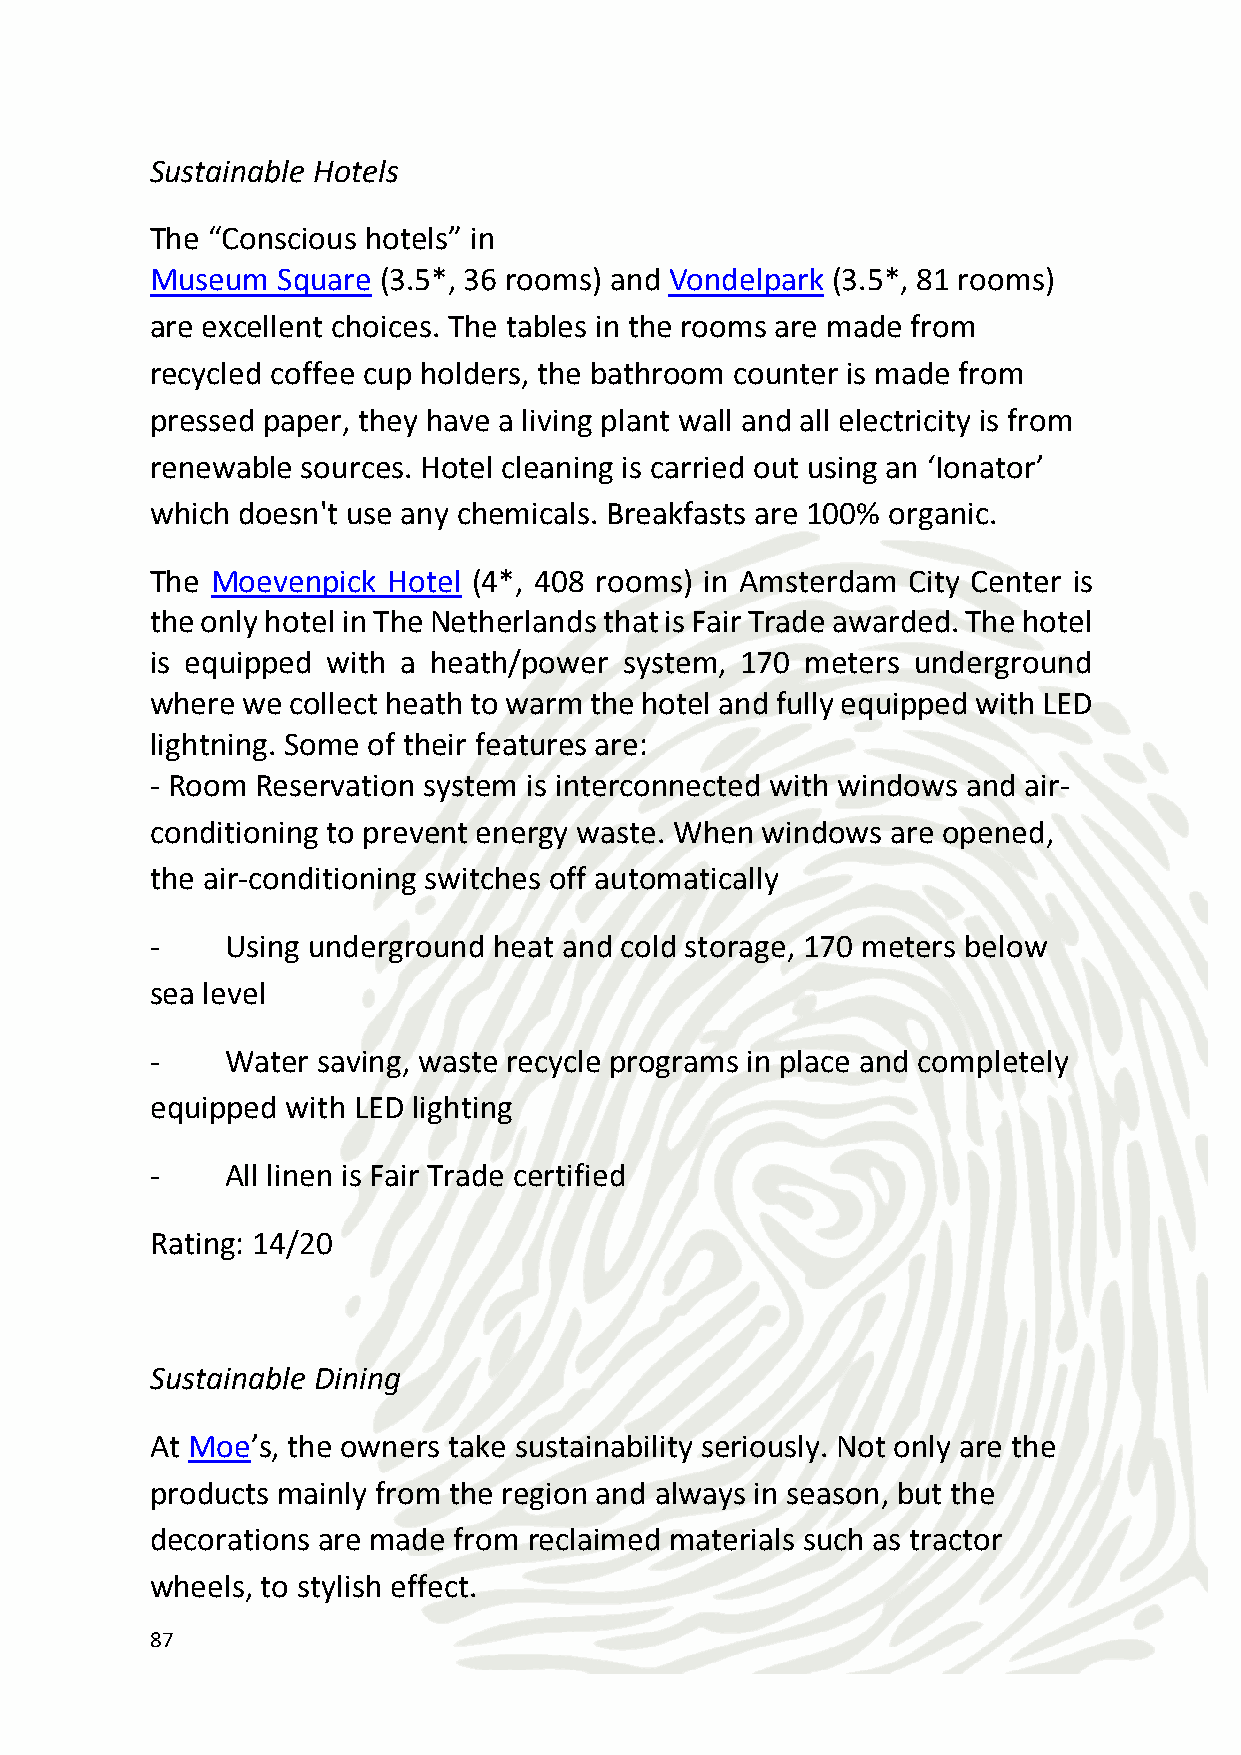
De Kas in Amsterdam’s Watergraafsmeer neighborhood is all about
 pure ingredients, most of which have been grown in their own
 greenhouses, gardens or farms. The exquisite menu focuses on
 simple preparation so the ingredients shine. Expect only foods that
 are seasonal, mostly local and sustainable grown or raised.
 Spelt sources naturally delicious products from the Netherlands, and
 focuses on presenting pure, clean, Dutch flavors. A creamy soup
 made with homemade   mustard and Dutch cream makes an excellent
 starter.
 Eating is art at Proef Amsterdam on the Westergasterrein and
 organic, seasonal ingredients become the paint on a canvas and the
 industrial space is made warmer with long wooden tables and wood
 cut-outs on the walls.
 At Restaurant As, sustainable and artisanal ingredients are beautifully
 prepared - homemade  crusty bread, locally made pancetta with
 slow-roasted vegetables - and served in a former church setting with
 chickens clucking in the backyard.
 Rating: 18/20
 Green meeting facilities
 The Amsterdam  RAI uses 100% renewable energy, has a sustainable
 procurement policy, helps event planners calculate their carbon
 footprint, conserves water and converts food waste into bio-fuel,
 with all other organic waste used to make compost for agricultural
 purposes.
 88